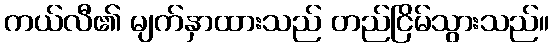
ကယ်လီ၏ မျက်နှာထားသည် တည်ငြိမ်သွားသည်။